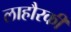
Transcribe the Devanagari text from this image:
लाहौरकी